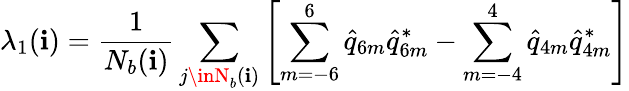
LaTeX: \lambda_{1}(\mathbf{i})=\frac{{1}}{{N_{b}(\mathbf{i})}}\sum_{j\inN_{b}(\mathbf{i})}\left[\sum_{m=-6}^{6}\hat{{q}}_{6m}\hat{{q}}_{6m}^{*}-\sum_{m=-4}^{4}\hat{{q}}_{4m}\hat{{q}}_{4m}^{*}\right]